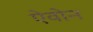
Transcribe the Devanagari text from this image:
ऐवोन